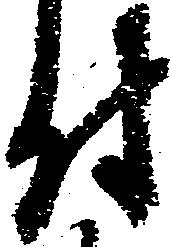
付